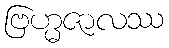
ဗြဟ္မဇာလဿ